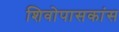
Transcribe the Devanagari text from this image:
शिवोपासकांस